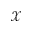
\mathcal { X }